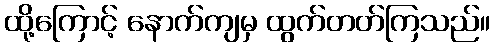
ထို့ကြောင့် နောက်ကျမှ ထွက်တတ်ကြသည်။